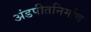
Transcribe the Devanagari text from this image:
अंडपीतनिर्माण